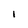
Character: I